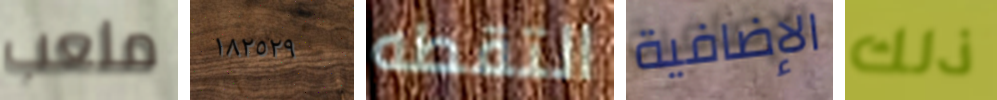
ملعب ١٨٢٥٢٩ التقطه الإضافية ذلك